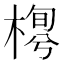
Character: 𣖼